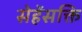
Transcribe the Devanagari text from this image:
सेहेंसक्ति